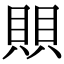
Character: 賏